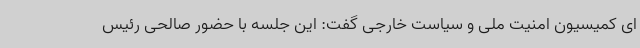
ای کمیسیون امنیت ملی و سیاست خارجی گفت: این جلسه با حضور صالحی رئیس